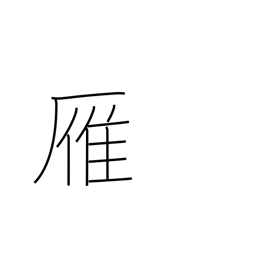
Meaning: wild goose